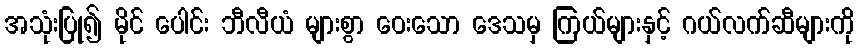
အသုံးပြု၍ မိုင် ပေါင်း ဘီလီယံ များစွာ ဝေးသော ဒေသမှ ကြယ်များနှင့် ဂယ်လက်ဆီများကို